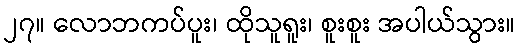
၂၇။ လောဘကပ်ပူး၊ ထိုသူရူး၊ စူးစူး အပါယ်သွား။